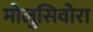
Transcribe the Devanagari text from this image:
मोलुसिवोरा